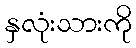
နှလုံးသားကို